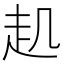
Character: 𧺋